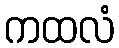
ကထလံ